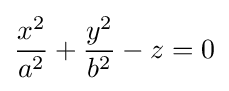
{x^{2} \over a^{2}}+{y^{2} \over b^{2}}-z=0